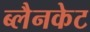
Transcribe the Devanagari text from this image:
ब्लैनकेट